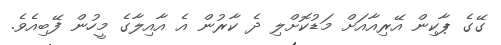
ގޭގެ ޕާކިން އޭރިއާއަށް މަޑުކޮށްލި ދެ ކާރުން އެ އާއިލާގެ މީހުން ފޭބިއެވެ.